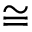
\cong